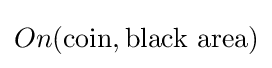
On({\text{coin}},{\text{black area}})